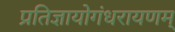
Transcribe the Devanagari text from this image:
प्रतिज्ञायोगंधरायणम्